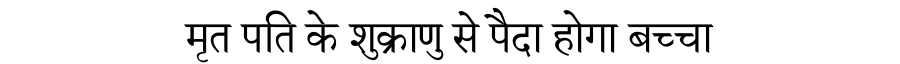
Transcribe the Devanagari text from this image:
मृत पति के शुक्राणु से पैदा होगा बच्चा